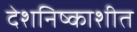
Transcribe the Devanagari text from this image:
देशनिष्काशीत